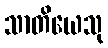
သာတိယေသု